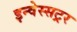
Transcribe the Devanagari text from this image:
इन्वेस्सट्रर